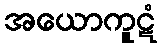
အယောကူဋံ